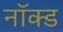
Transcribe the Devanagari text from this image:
नॉक्ड